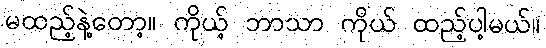
မထည့်နဲ့တော့။ ကိုယ့် ဘာသာ ကိုယ် ထည့်ပါ့မယ်။